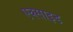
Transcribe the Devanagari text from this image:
एक्साइड